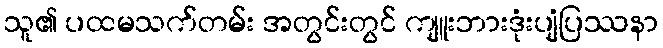
သူ၏ ပထမသက်တမ်း အတွင်းတွင် ကျူးဘားဒုံးပျံပြဿနာ